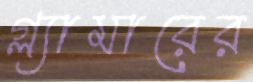
গ্ল্যামারের